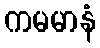
ကမမာနံ